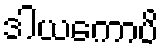
ဒါယကောပိ